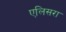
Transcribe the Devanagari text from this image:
एलिसरा